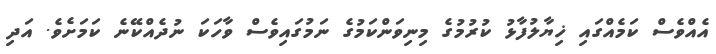
އެއްވެސް ކަމެއްގައި ޚިޔާލުފާޅު ކުރުމުގެ މިނިވަންކަމުގެ ނަމުގައިވެސް ވާހަކަ ނުދެއްކޭނެ ކަމަށެވެ. އަދި